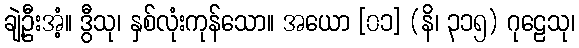
ချဲ့ဦးအံ့။ ဒွီသု၊ နှစ်လုံးကုန်သော။ အယော [၀၁] (နိ၊ ၃၁၅) ဂုဠေသု၊